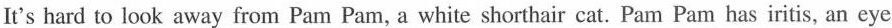
It's hard to look away from Pam Pam, a white shorthair cat. Pam Pam has iritis, an eye